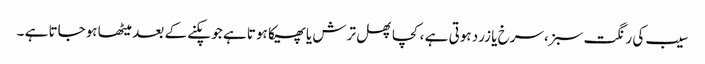
سیب کی رنگت سبز،سرخ یا زرد ہوتی ہے ،کچا پھل ترش یا پھیکا ہوتا ہے جو پکنے کے بعد میٹھا ہوجاتا ہے ۔